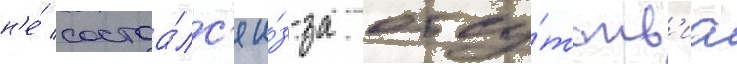
н'е́ состоа́лс'я и́з-за отсу́тств'иа